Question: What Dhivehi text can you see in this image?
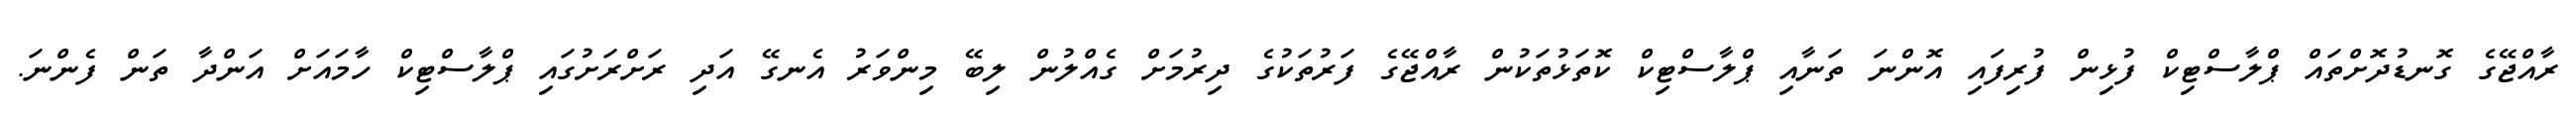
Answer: ރާއްޖޭގެ ގޮނޑުދޮށްތައް ޕްލާސްޓިކް ފުޅިން ފުރިފައި އޮންނަ ތަނާއި ޕްލާސްޓިކް ކޮތަޅުތަކުން ރާއްޖޭގެ ފަރުތަކުގެ ދިރުމަށް ގެއްލުން ލިބޭ މިންވަރު އެނގޭ އަދި ރަށްރަށުގައި ޕްލާސްޓިކް ހާމައަށް އަންދާ ތަން ފެންނަ.